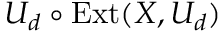
U _ { d } \circ { \mathrm { E x t } } ( X , U _ { d } )